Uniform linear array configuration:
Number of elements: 4
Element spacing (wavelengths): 0.25
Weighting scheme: binomial
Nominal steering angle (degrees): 30
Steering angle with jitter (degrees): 29.067
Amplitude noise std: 0.05
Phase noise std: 0.05

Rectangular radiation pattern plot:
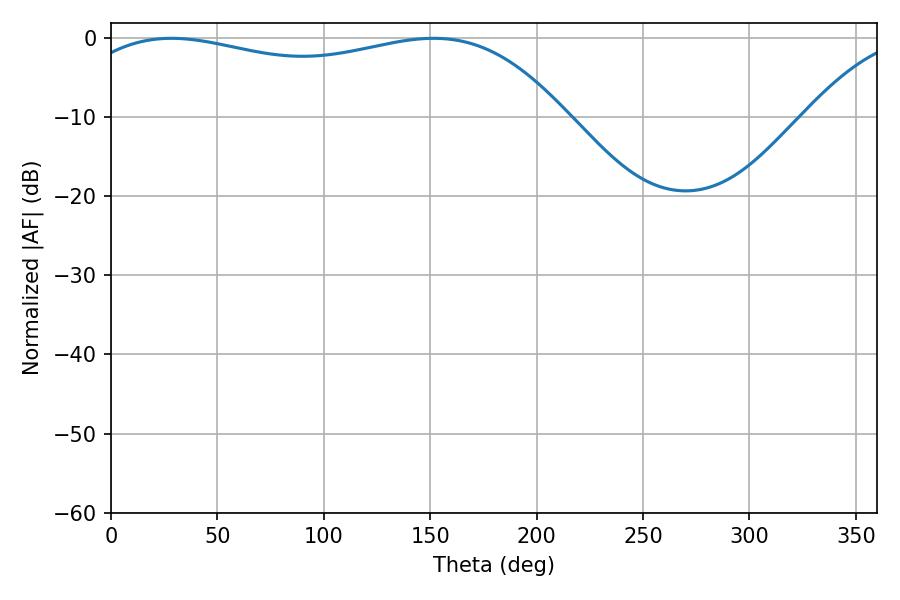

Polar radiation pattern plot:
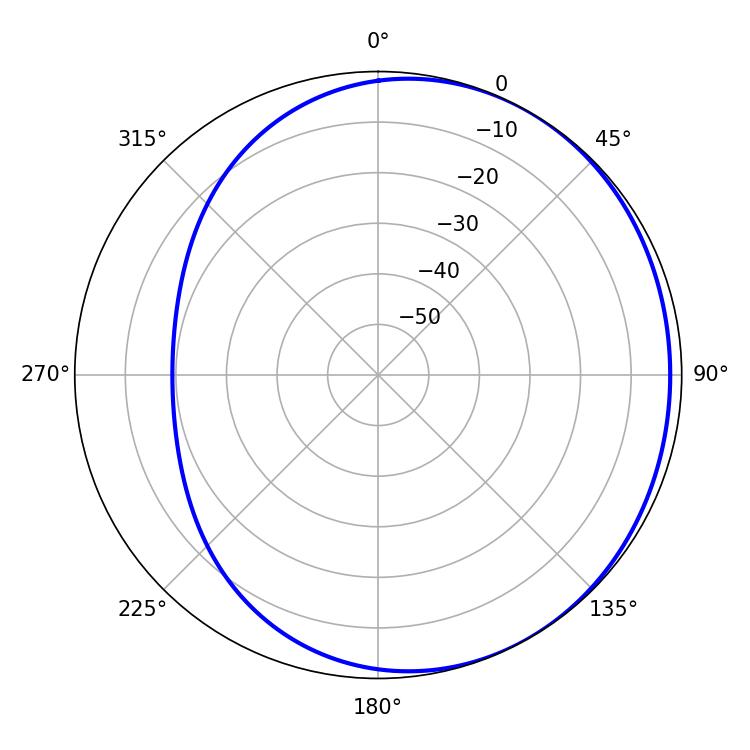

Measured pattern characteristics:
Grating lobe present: FALSE
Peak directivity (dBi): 1.536
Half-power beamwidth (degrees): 187.56
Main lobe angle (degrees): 28.44